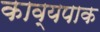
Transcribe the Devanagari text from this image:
काव्यपाक